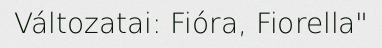
Változatai: Fióra, Fiorella"